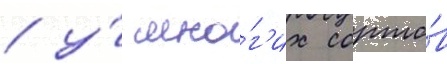
/ у́ мно́г'их сорто́в